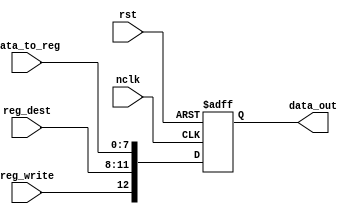
module PipelineReg_MEMWB(nclk,rst,data_to_reg,reg_dest,reg_write,data_out);
  input [7:0] data_to_reg;
  input [3:0] reg_dest;
  input reg_write,rst;
  input nclk;
  output reg[12:0] data_out;
  
  always @(posedge nclk or posedge rst) begin
    if (rst)
      data_out <= 0;
    else begin
      data_out[7:0] <= data_to_reg;
      data_out[11:8] <= reg_dest;
      data_out[12] <= reg_write;
    end
  end
endmodule